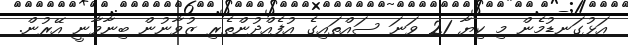
އަޅުގަނޑުމެން މި ކިޔާ 21 ވަނަ ސައްތައިގެ އުފެއްދުންތެރި ޒުވާނުން ބިނާވާނީ އޭރުން.